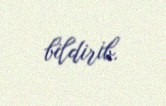
bildirib.